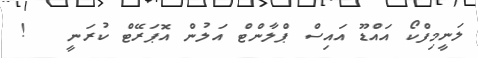
ލަނީމިފްކޯ އައްޑޫ އައިސް ޕްލާންޓް އަލުން އޮޕަރޭޓް ކުރަނީ   !